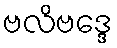
ဗလိဗဒ္ဒေ